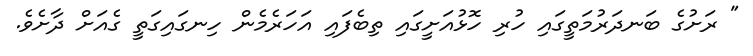
" ރަށުގެ ބަނދަރުމަތީގައި ހުރި ހޮޅުއަށީގައި ތިބެފައި އަހަރެމެން ހިނގައިގަތީ ގެއަށް ދާށެވެ.